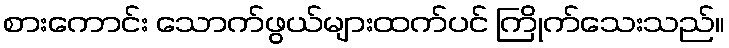
စားကောင်း သောက်ဖွယ်များထက်ပင် ကြိုက်သေးသည်။